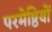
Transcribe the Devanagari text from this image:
परमेष्ठियों